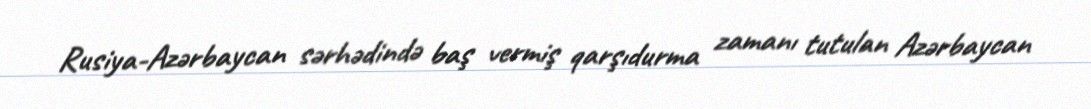
Rusiya-Azərbaycan sərhədində baş vermiş qarşıdurma zamanı tutulan Azərbaycan